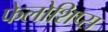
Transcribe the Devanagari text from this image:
फेलोशिप्स